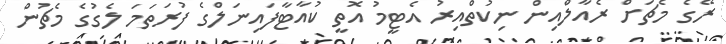
ރޭގެ މެޗަށް ރެއާލްއިން ނިކުތްއިރު އެޓީމު އޮތީ ކުއާޓާފައިނަލްގެ ފުރަތަމަ ލެގުގެ މެޗުން